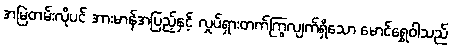
အမြဲတမ်းလိုပင် အားမာန်အပြည့်နှင့် လှုပ်ရှားတက်ကြွလျက်ရှိသော မောင်ရွှေဝါသည်